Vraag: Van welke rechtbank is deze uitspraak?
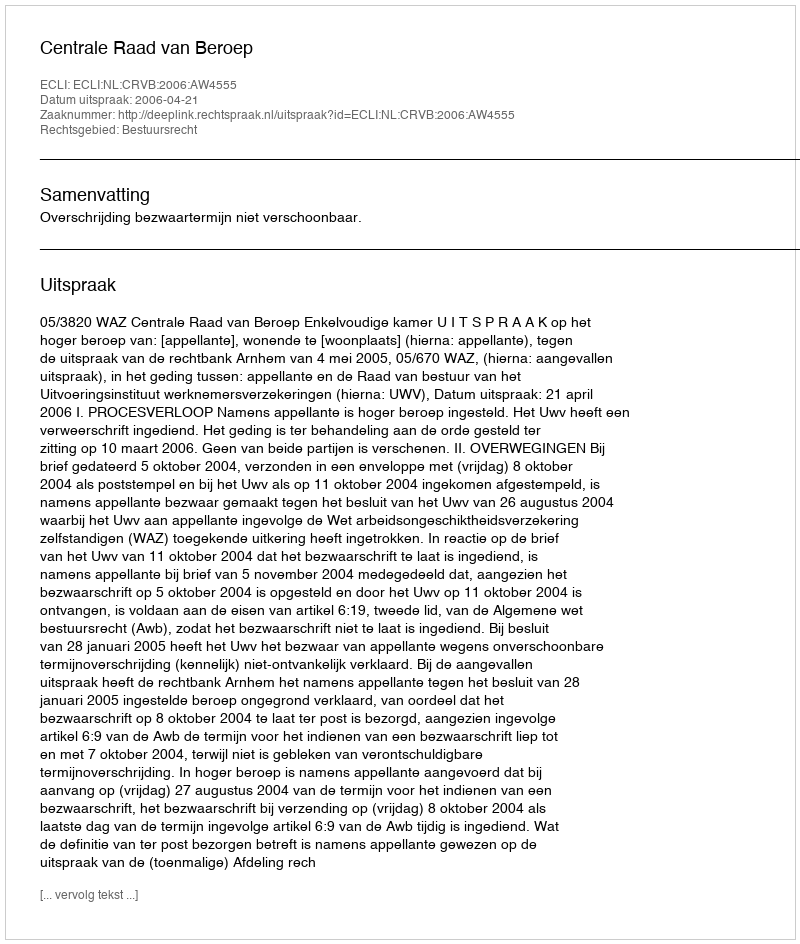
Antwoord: Centrale Raad van Beroep